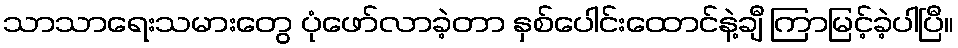
သာသာရေးသမားတွေ ပုံဖော်လာခဲ့တာ နှစ်ပေါင်းထောင်နဲ့ချီ ကြာမြင့်ခဲ့ပါပြီ။